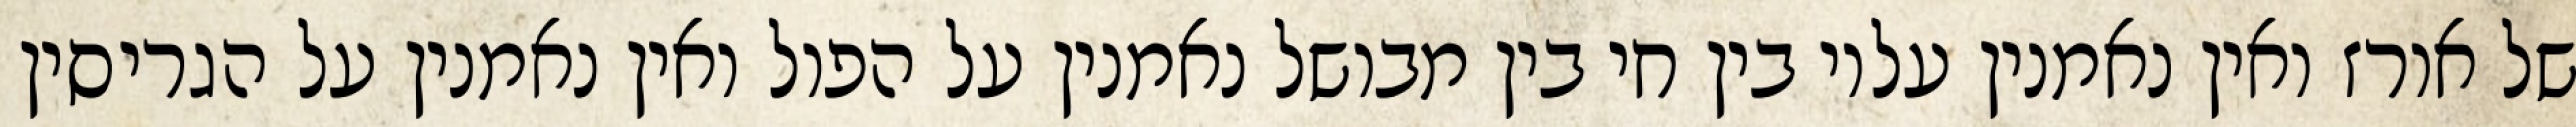
של אורז ואין נאמנין עליו בין חי בין מבושל נאמנין על הפול ואין נאמנין על הגריסין